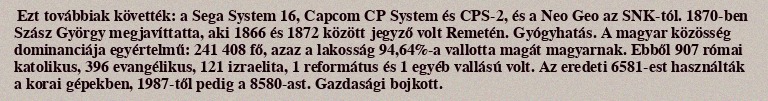
Ezt továbbiak követték: a Sega System 16, Capcom CP System és CPS-2, és a Neo Geo az SNK-tól. 1870-ben Szász György megjavíttatta, aki 1866 és 1872 között jegyző volt Remetén. Gyógyhatás. A magyar közösség dominanciája egyértelmű: 241 408 fő, azaz a lakosság 94,64%-a vallotta magát magyarnak. Ebből 907 római katolikus, 396 evangélikus, 121 izraelita, 1 református és 1 egyéb vallású volt. Az eredeti 6581-est használták a korai gépekben, 1987-től pedig a 8580-ast. Gazdasági bojkott.